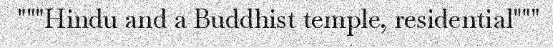
"""Hindu and a Buddhist temple, residential"""